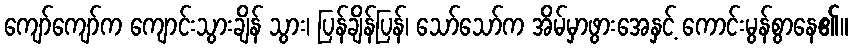
ကျော်ကျော်က ကျောင်းသွားချိန် သွား၊ ပြန်ချိန်ပြန်၊ သော်သော်က အိမ်မှာဖွားအေနှင့် ကောင်းမွန်စွာနေ၏။